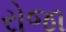
રોજા